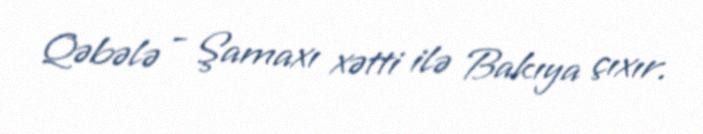
Qəbələ - Şamaxı xətti ilə Bakıya çıxır.